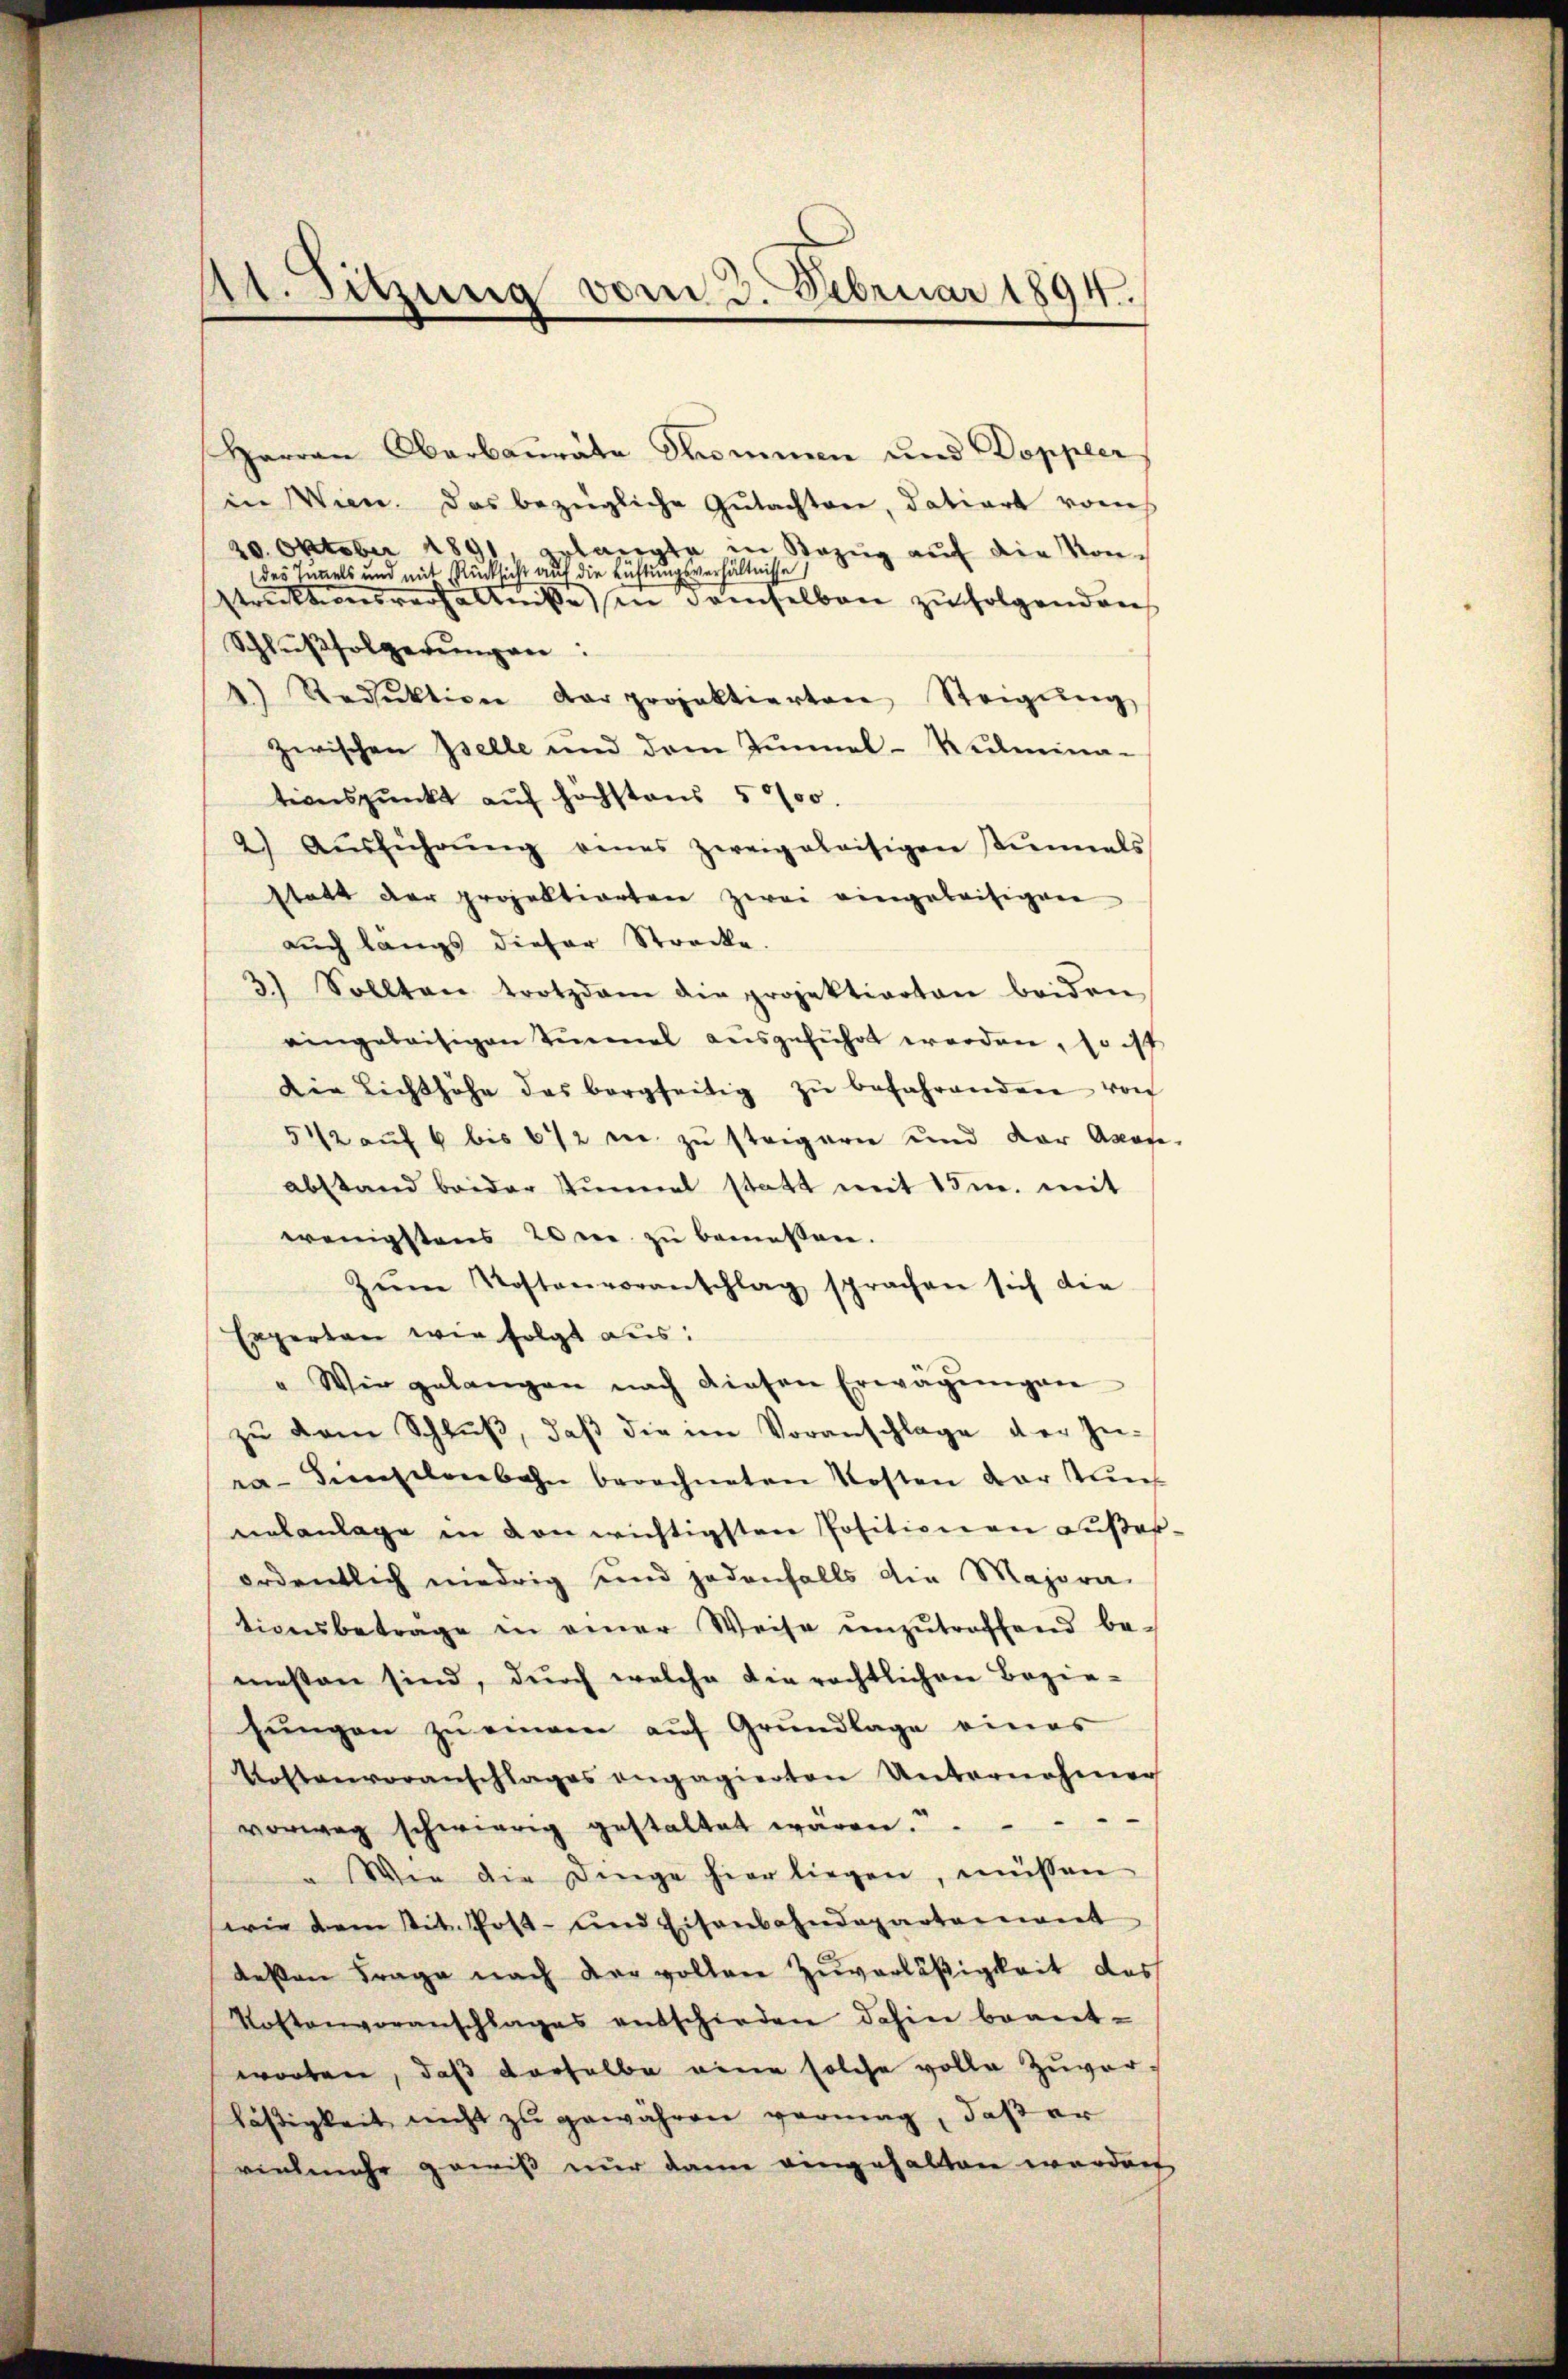
A. Sitzung vom 3. Februar 1894.

Herrn Oberbaurate Sommen und Doppler
in Wien. Das bezeigliche Gutachten, datiert von
20. Oktober 1891, erlangte in Bezug auf die Kondes Tunnels und mit Rücksicht auf die Lüftungsverhältnisse
struktionsverhältniße in demselben zufolgenden
Schlußfolgerungen:
4) Reduktion der projektierten Steigŭng
zwischen Iselle und dem Tunnel-Kulminationspŭnkt aŭf höchstens 5000.
2) Aŭsführŭng eines zweigeleisigen stinals
statt der projektierten zwei eingeleitigene
auch längs dieser Strecke.
3.) Sollten trotzdem die projektierten beiden
eingeleitigen Einmal aŭsgeführt erorden, so ist
Die Lichthöhe des bergseitig zŭ befahrenden von
51/2 auf 6 bis 672 die zu steigern und der Akade-
abstand beider Turnal statt mit 15m. mit
wenigstens 20m zu bemessen.
Zŭm Kostenvoranschlag sprachen sich die
Experten wir folgt aus:
" Wir gelangen nach diesen Erwägŭngen
zu dem Schluß, daß die im Voranschlage der In-
ra-dieselenbahn berechneten Kosten der Kuns
nalanlage in von wichtigsten Positionen Fußerordentlich niedrig und jedenfalls die Majora-
tionsbetrage in einer Weise unzutreffend be-
messen sind, durch welche die rechtlichen Bezie-
sŭngen zŭ einem aŭf Grŭndlage eines
Voftenvoranschlages engagierten Unternehmen
vorweg schwierig gestaltet waren.
a Wie die Dinge hier liegen, müssen
swie dem tit. Post- und Eisenbahndepartariant
deßen Frage nach der vollen Zuverläßigkeit das
Kostenvoranschlages entschieden dahin beantworten, daß derselbe eine solche volle Zuvor-
läßigkeit nicht zu gewähren vermag, daß er
vielmehr gewiß nur dann eingehalten worden